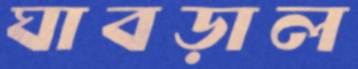
ঘাবড়াল